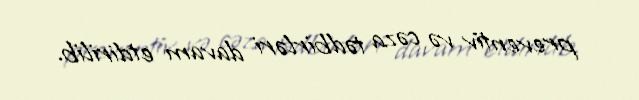
preventiv və cəza tədbirləri davam etdirilib.